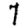
Digit: 7